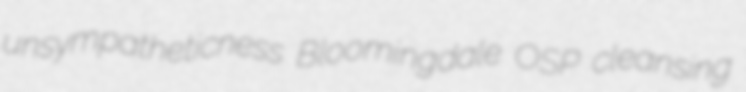
unsympatheticness Bloomingdale OSP cleansing